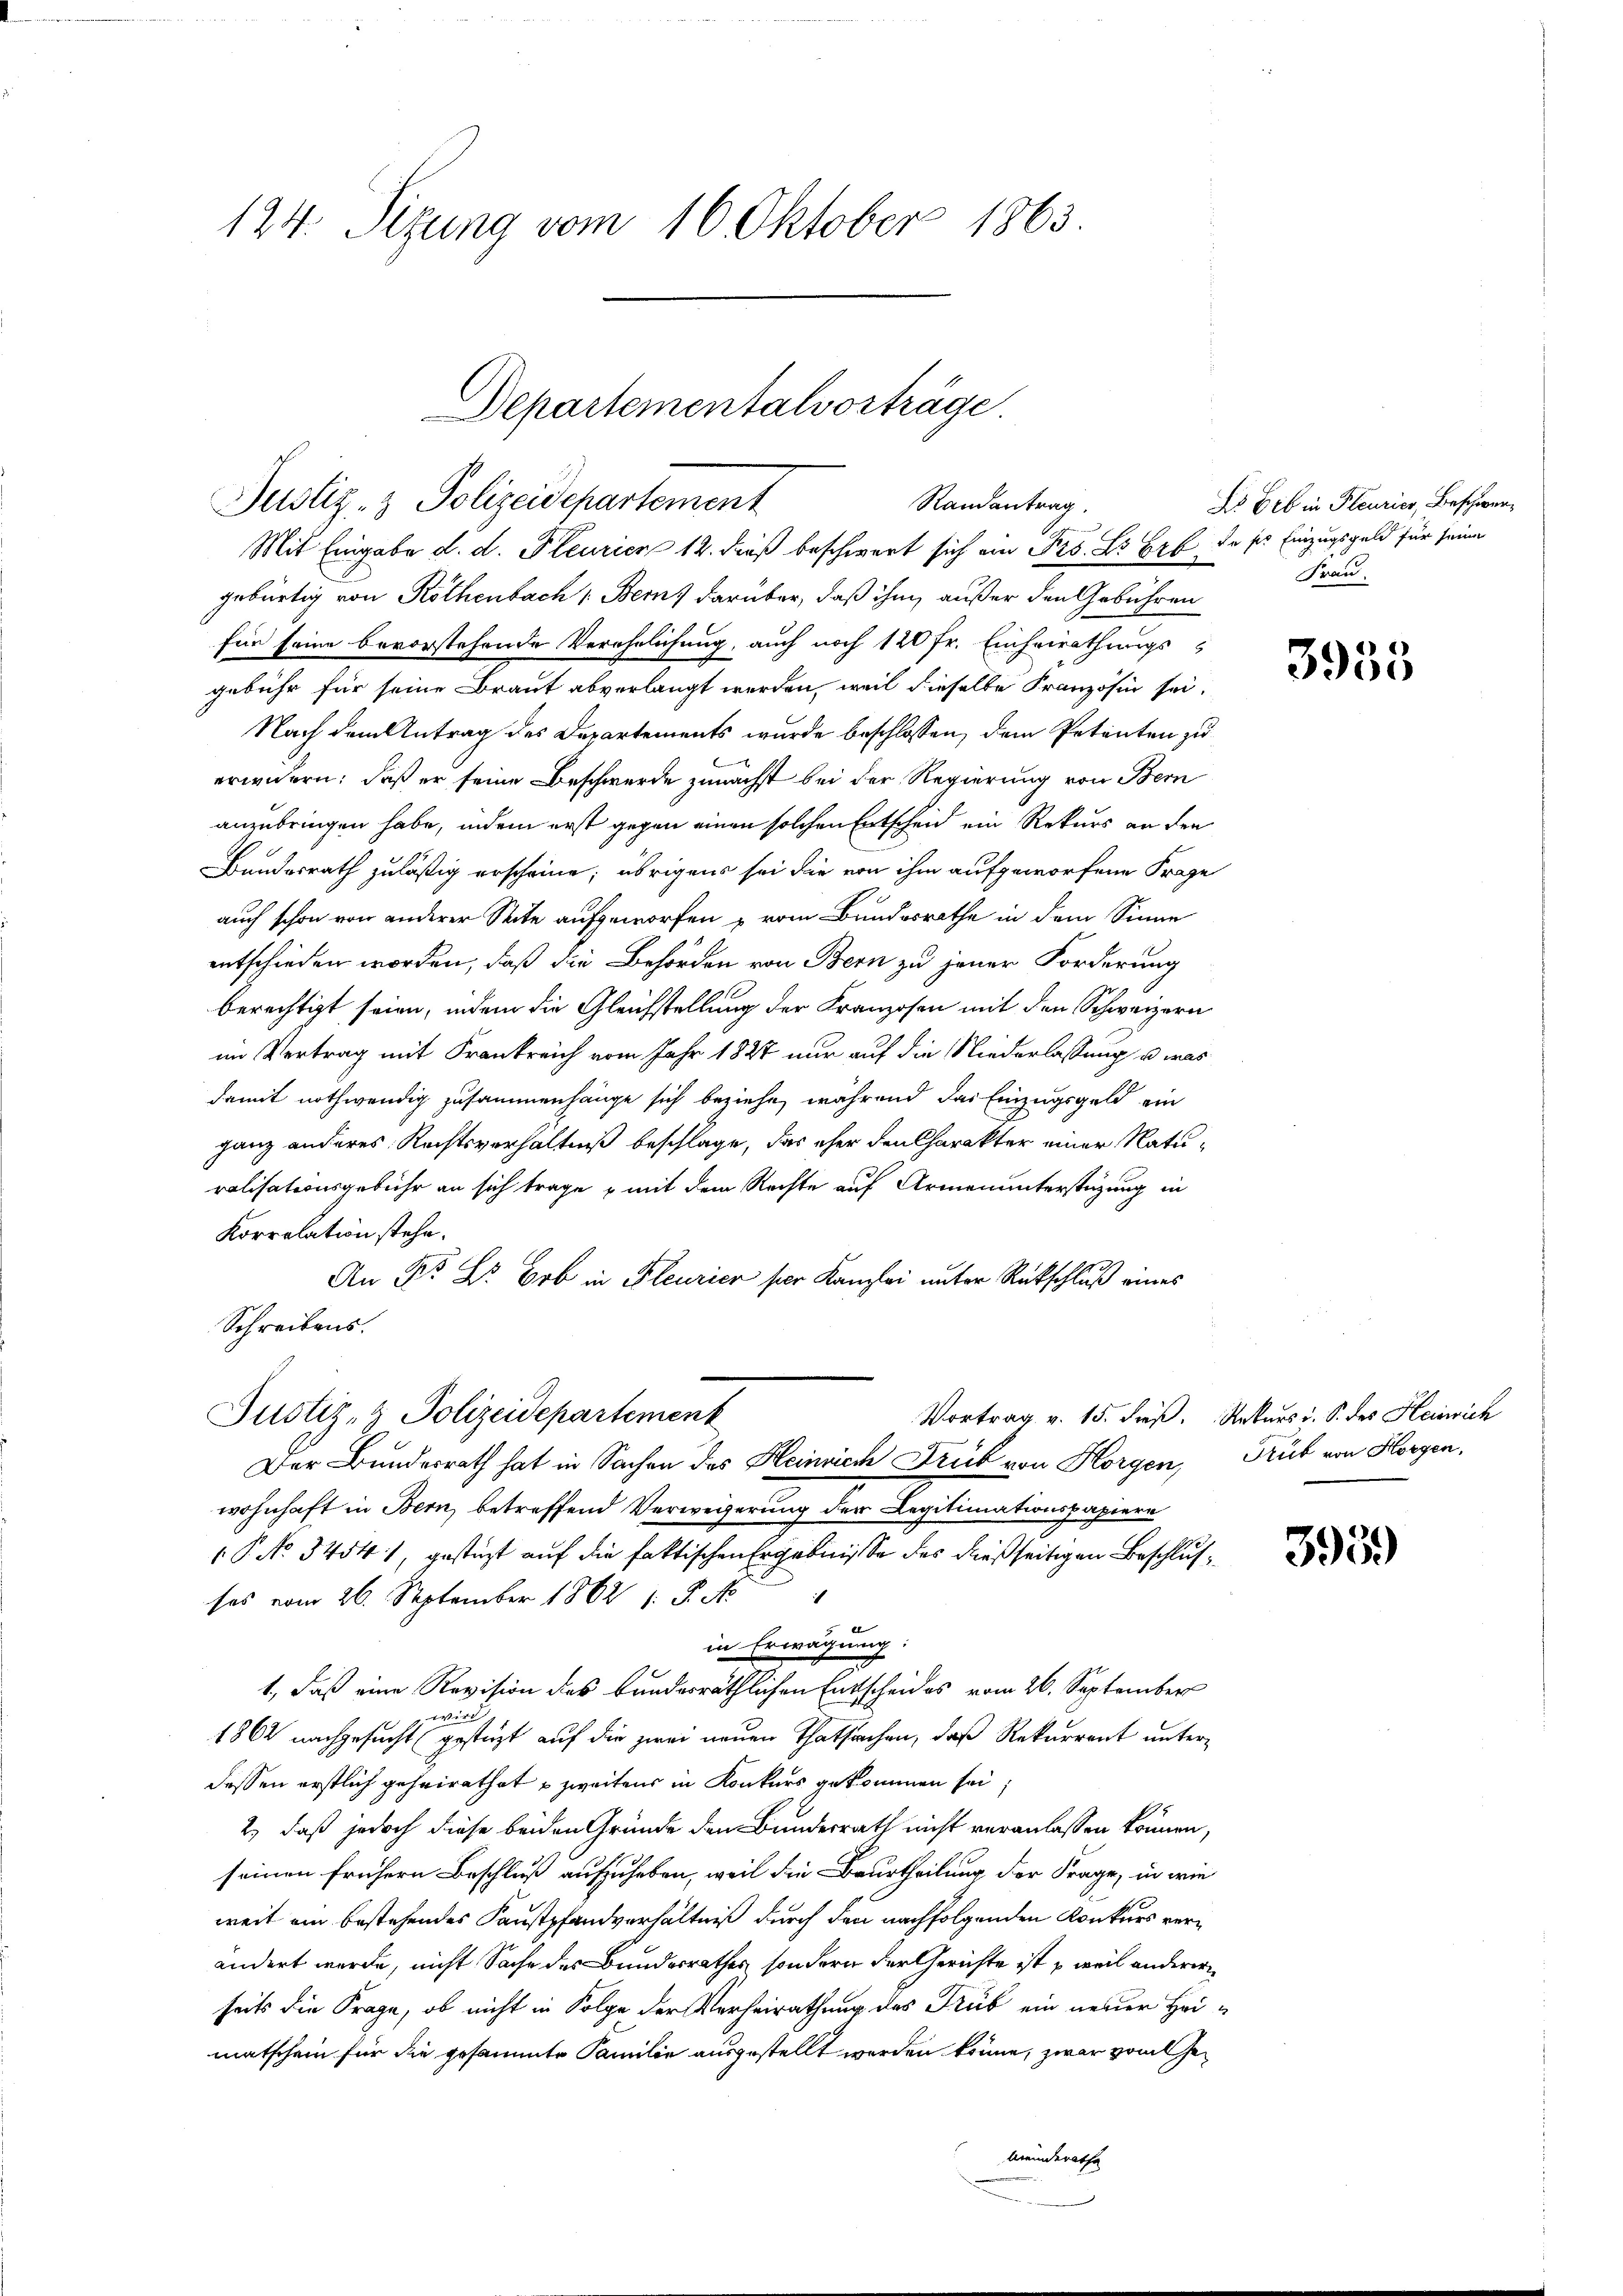
124. Sizung vom 16 Oktober 1863.

Departementalvorträge
Justiz- & Polizeidepartement
Randantrag.
Mit Eingabe d. d. Pleurien 12. dieß beschwert sich ein Pro. L. Er de ser Einzugsgeld für seine

gebürtig von Röthenbach Bern, darüber, daß ihm außer den Gebühren
für seine bevorstehende Verehelichung, auch noch 120 fr. Einheirathungs-
gebühr für seine Braut abverlangt werden, weil dieselbe Französin sei.
Nach dem Antrag des Departements wurde beschlossen, dem Petenten zu
Bremen
erwidern; daß er seine Beschwerde zunächst bei der Regierung von Bern
anzubringen habe, indem erst gegen einen solchen Entscheid ein Rekurs an den
Bundesrath zuläßig erscheine; übrigens sei die von ihm aufgeworfene Frage
auch schon von anderer Seite aufgeworfen vom Bundesrathe in dem Sinne
entschieden worden, daß die Behörden von Bern zu jener Forderung
berechtigt seien, indem die Gleichstellung der Franzosen mit den Schweizern
im Vertrag mit Frankreich vom Jahr 1837 nur auf die Niederlassung, u. was
damit nothwendig zusammenhänge sich beziehe, während das Einzugsgeld ein
ganz anderes Rechtsverhältniß beschlage, das eher den Charakter einer Naturalisationsgebühr an sich trage - mit dem Rechte auf Armenunterstüzung in
Korrelation stehe.
An Fr. B. Erb in Fleurier per Kanzlei unter Rückschluß eines
Schreibens.
Justiz- & Polizeidepartement
Der Bundesrath hat in Sachen des Heinrich Trub von Horgen,
wohnhaft in Bern, betreffend Verweigerung der Legitimationspapiere
1 No 34541, gestüzt auf die faktischen Ergebnisse des dießseitigen Beschlusses vom 26. September 1862 s. S. N
bl
in Erwägung:
1., daß eine Revision des bundesräthlichen Entscheides vom 26. September
wert
1862 nachgesucht (gestüzt auf die zwei neuen Thatsachen, daß Rekurrent unterdessen erstlich geheirathet u zweitens in Konkurs gekommen sei,
2.) daß jedoch diese beiden Gründe den Bundesrath nicht veranlassen können,
seinen frühern Beschluß aufzuheben, weil die Beurtheilung der Frage, in wie
weit ein bestehendes Kaustpfandverhältniß durch den nachfolgenden Konkurs verändert werde, nicht Sache des Bundesrathes sondern der Gerichte ist – weil anderer
seits die Frage, ob nicht in Folge der Verheirathung des Trub ein neuer Heimatschein für die gesammte Familie ausgestellt werden könne, zwar vom Gemeinderathe

Ls Gib in Feurier, Beschwer¬
Frau,

3953

Vortrag v. 15. dieß. Rekurs u. S. des Heinrich
Trüb von Horgen,

3959)